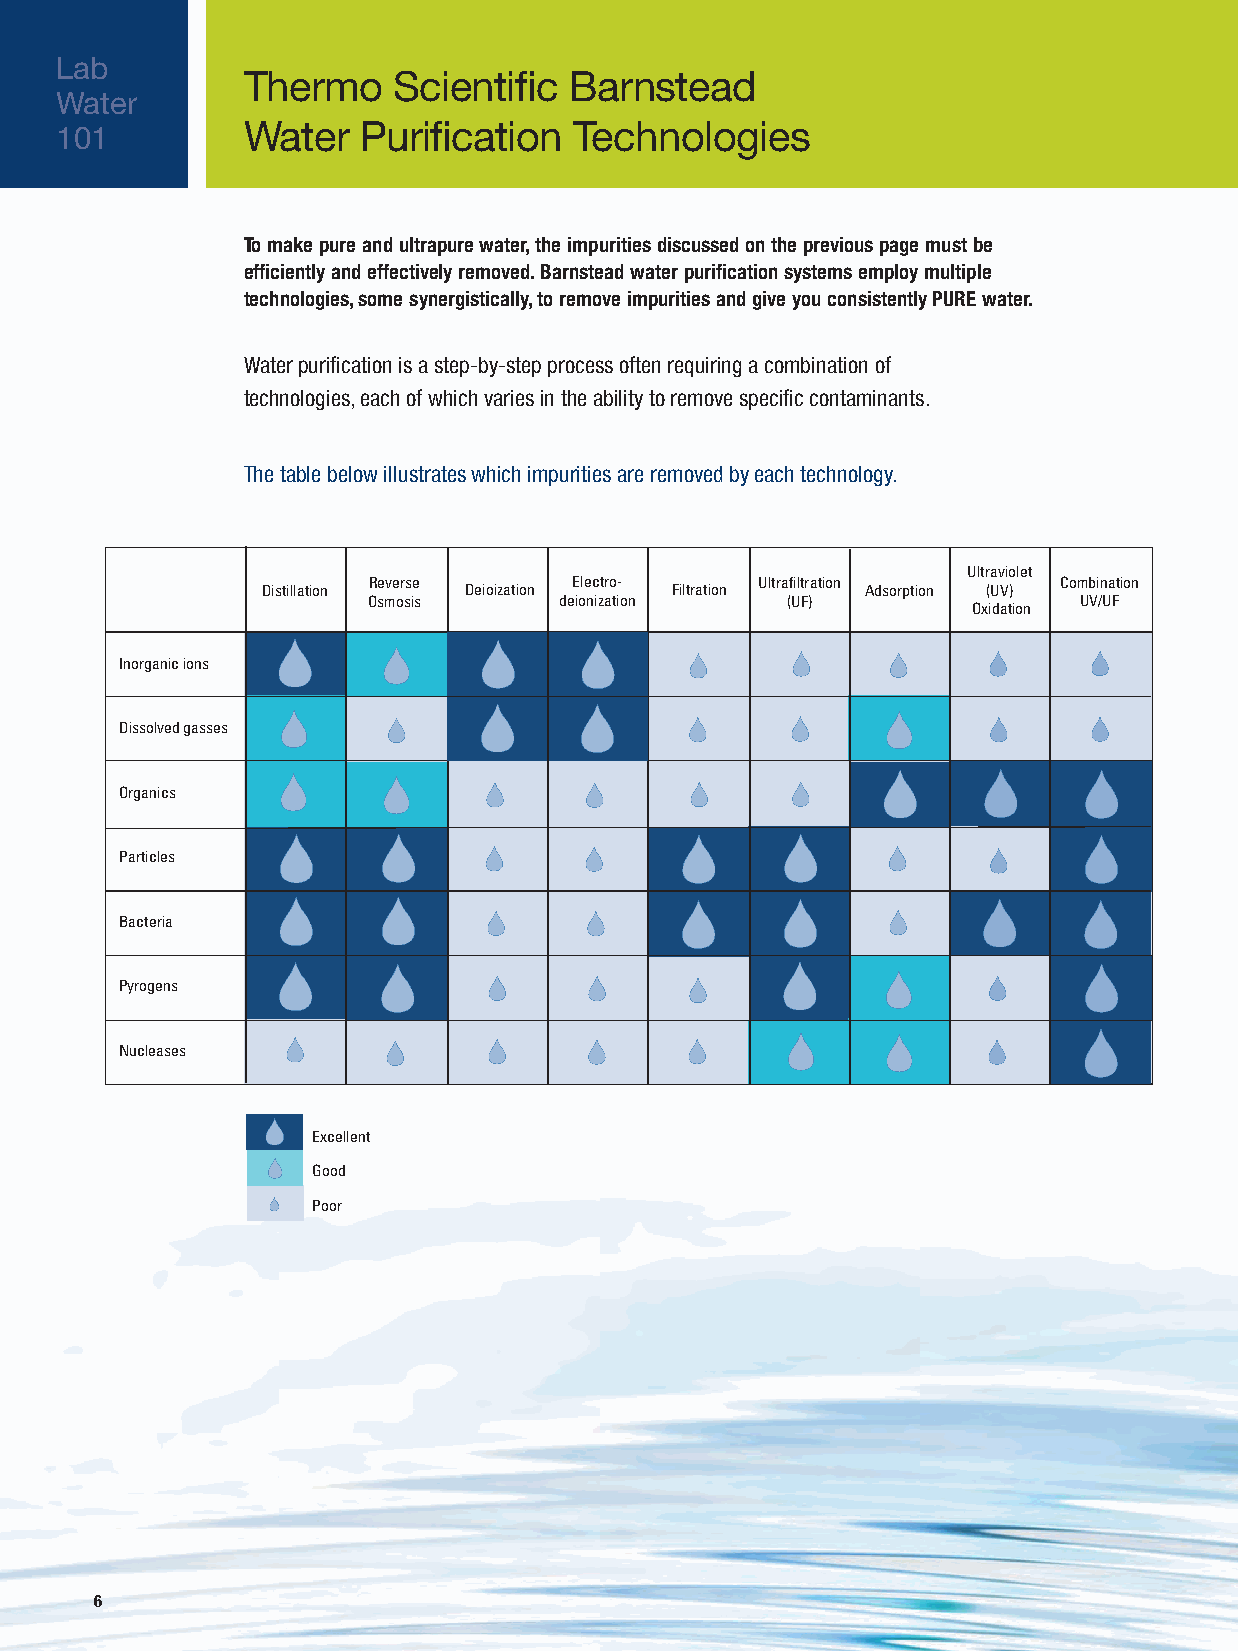
Lab
 Thermo    Scientific  Barnstead
 Water
 Water   Purification  Technologies
 101
 To make pure and ultrapure water, the impurities discussed on the previous page must be
 efficiently and effectively removed. Barnstead water purification systems employ multiple
 technologies, some synergistically, to remove impurities and give you consistently PURE water.
 Water purification is a step-by-step process often requiring a combination of
 technologies, each of which varies in the ability to remove specific contaminants.
 The table below illustrates which impurities are removed by each technology.
 Ultraviolet
 Reverse       Electro-    Ultrafiltration     Combination
 Distillation  Deioization  Filtration   Adsorption (UV)
 Osmosis      deionization   (UF)               UV/UF
 Oxidation
 Inorganic ions
 Dissolved gasses
 Organics
 Particles
 Bacteria
 Pyrogens
 Nucleases
 Excellent
 Good
 Poor
 6